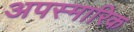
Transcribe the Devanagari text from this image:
अपस्मारिक